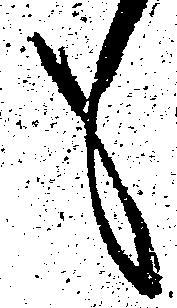
も